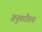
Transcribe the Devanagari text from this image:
अनुत्तरीतच